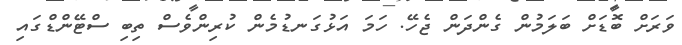
ވަރަށް ބޮޑަށް ބަލަމުން ގެންދަން ޖެހޭ. ހަމަ އަޅުގަނޑުމެން ކުރިންވެސް ތިބި ސްޓޭންޑްްގައި